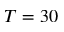
T = 3 0